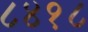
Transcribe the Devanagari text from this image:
८४१८